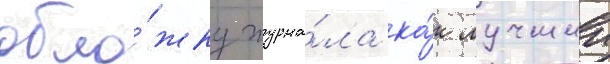
обло́жку журна́ла ка́к лучшии